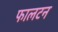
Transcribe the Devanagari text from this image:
फालटन